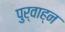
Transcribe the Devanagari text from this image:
पुर्वाह्न